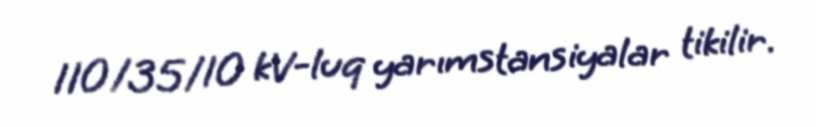
110/35/10 kV-luq yarımstansiyalar tikilir.